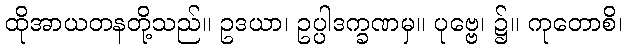
ထိုအာယတနတို့သည်။ ဥဒယာ၊ ဥပ္ပါဒက္ခဏမှ။ ပုဗ္ဗေ၊ ၌။ ကုတောစိ၊